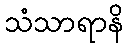
သံသာရာနိ